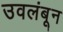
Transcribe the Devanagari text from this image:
उवलंबून